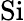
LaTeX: \mathrm{Si}